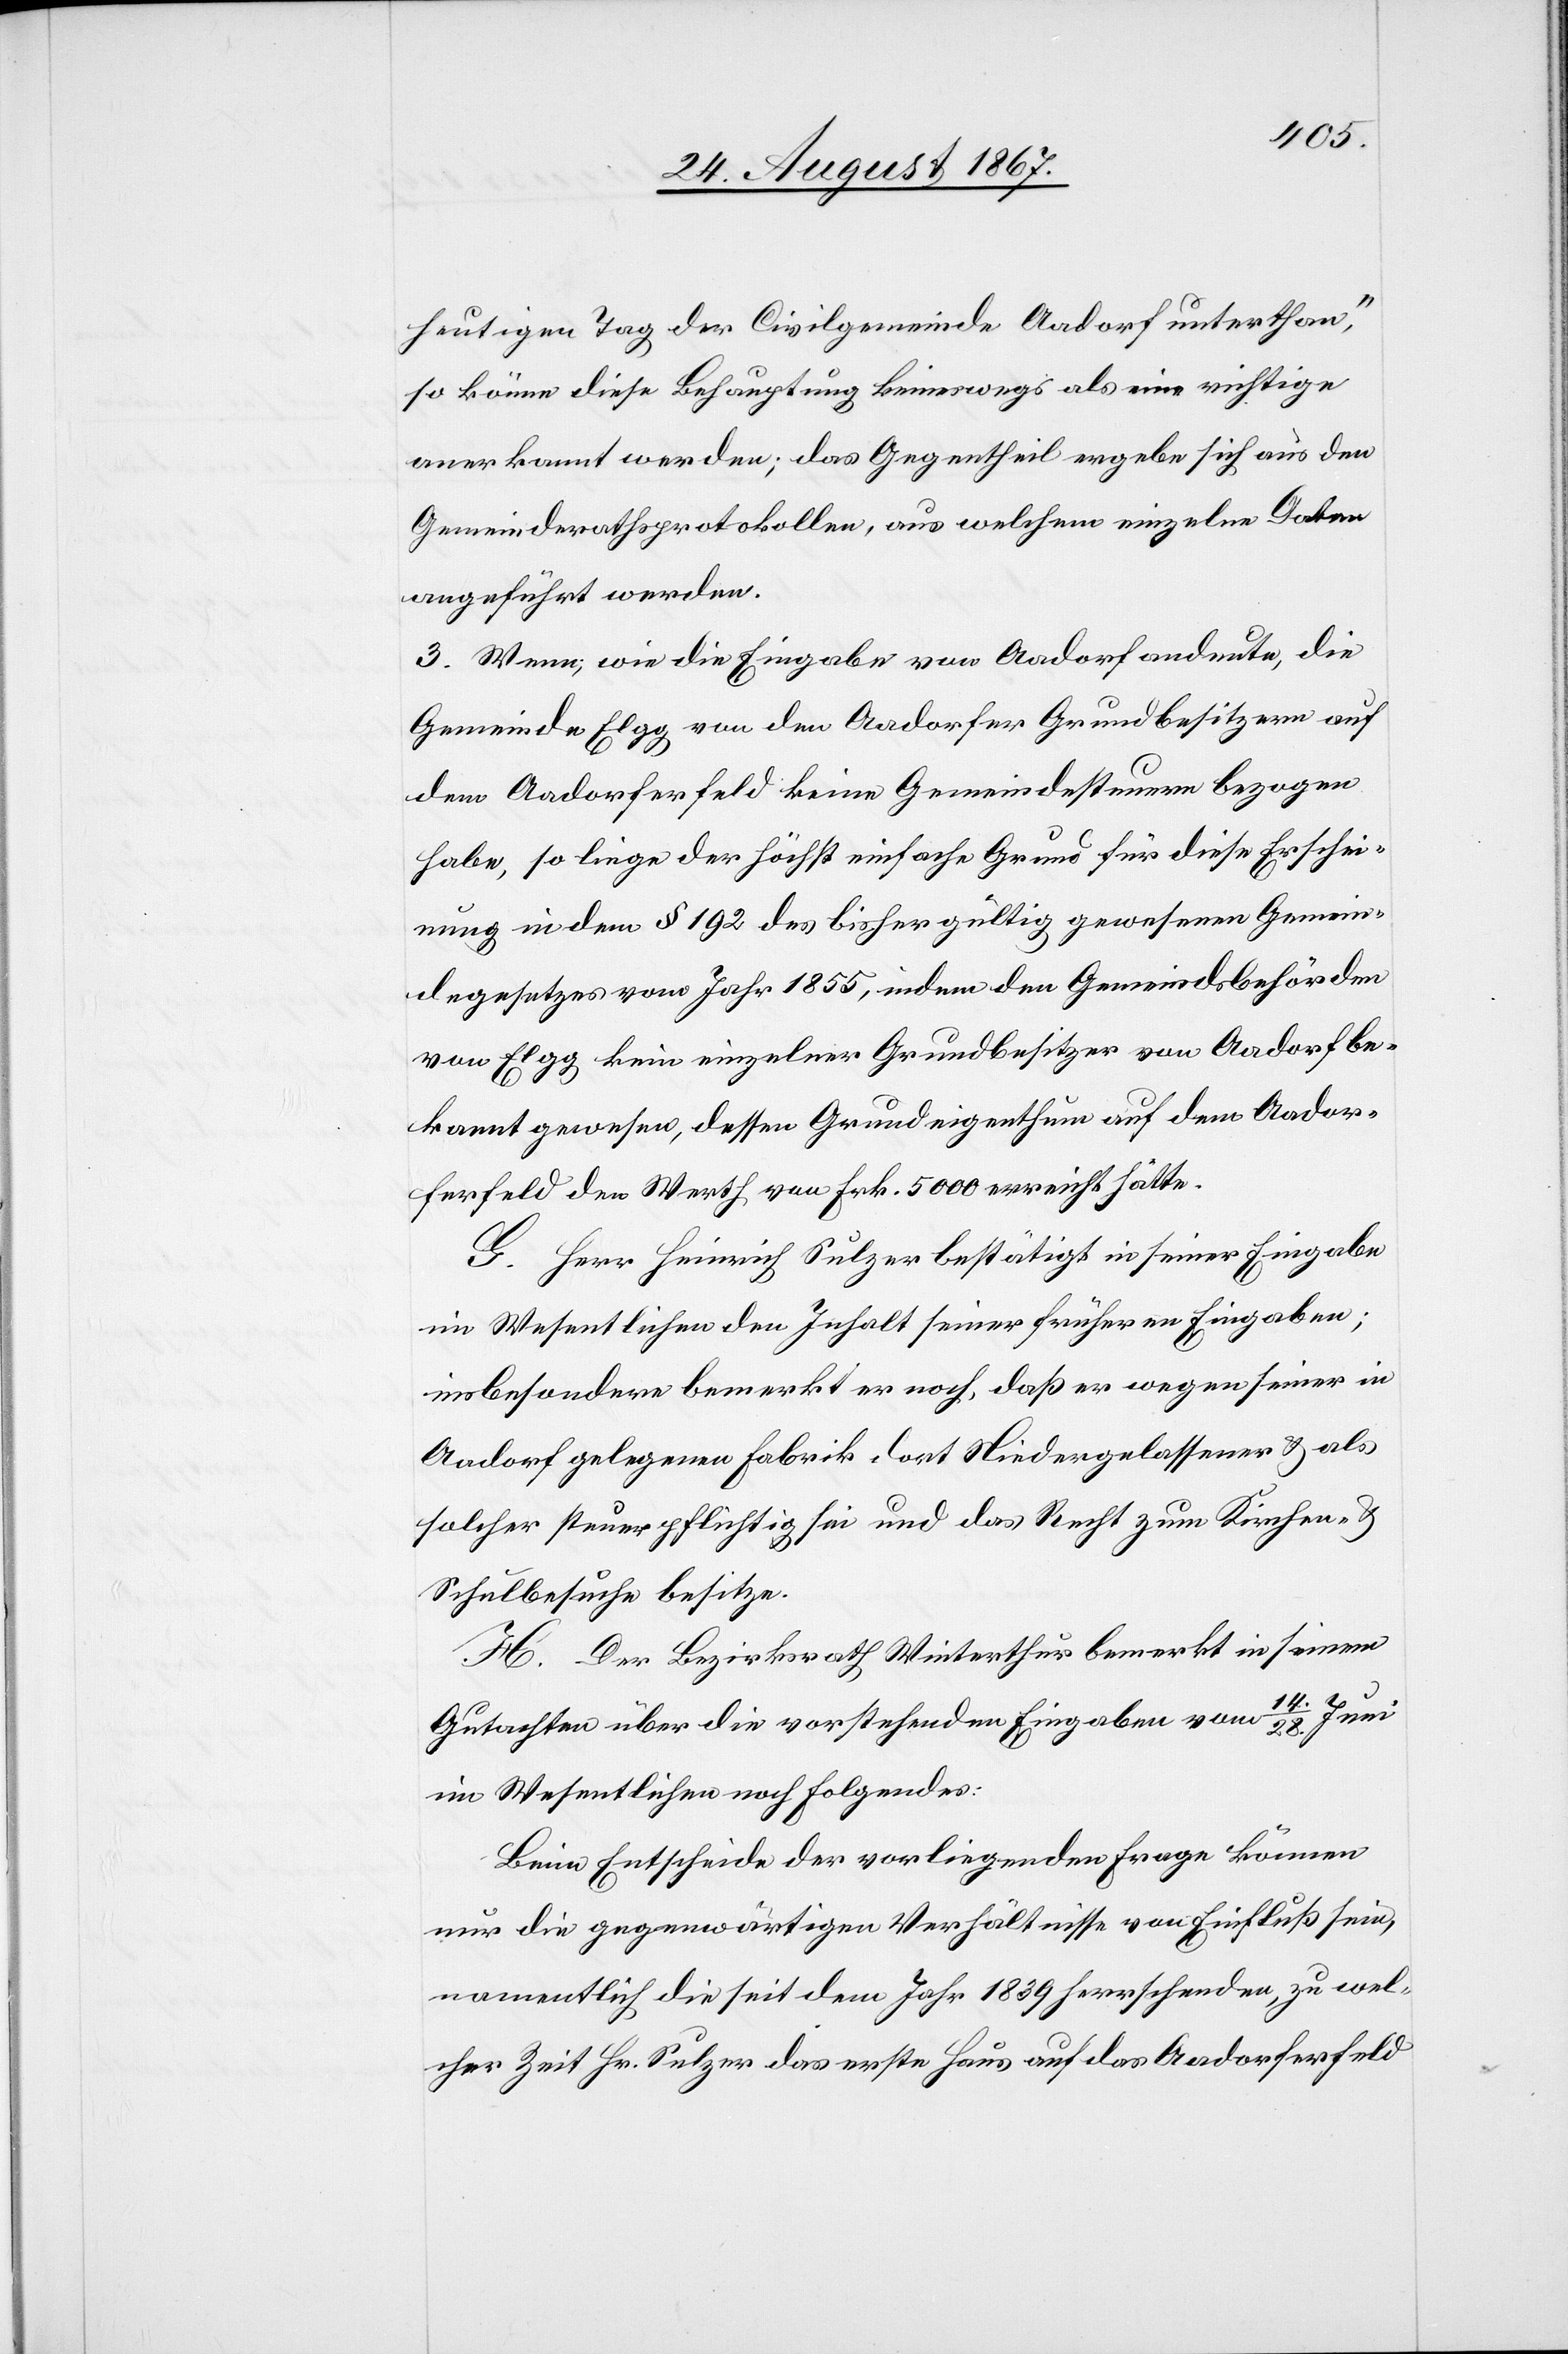
1855,
heutigen Tag der Civilgemeinde Aadorf unterthan,“
so könne diese Behauptung keineswegs als eine richtige
anerkannt werden; das Gegentheil ergebe sich aus den
Gemeindrathsprotokollen, aus welchen einzelne Daten
angeführt werden.
3. Wenn, wie die Eingabe von Aadorf andeute, die
Gemeinde Elgg von den Aadorfer Grundbesitzern auf
dem Aadorferfeld keine Gemeindesteuern bezogen
habe, so liege der höchst einfache Grund für diese Erschei¬
nung in dem § 192 des bisher gültigen Gemeindegesetzes
von Elgg kein einzelner Grundbesitzer von Aadorf be¬
kannt gewesen, dessen Grundeigenthum auf dem Aador¬
ferfeld den Werth von Frk. 5000 erreicht habe.
G. Herr Heinrich Sulzer bestätigt in seiner Eingabe
im Wesentlichen den Inhalt seiner früheren Eingaben;
insbesondere bemerkt er noch, daß er wegen seiner in
Aadorf gelegenen Fabrik dort Niedergelassener u. als
solcher steuerpflichtig sei und das Recht zum Kirchen- u.
Schulbesuche besitze.
H. Der Bezirksrath Winterthur bemerkt in seinem
Gutachten über die vorstehenden Eingaben vom 14./28. Juni
im Wesentlichen noch folgendes:
Beim Entscheide der vorliegenden Frage können
nur die gegenwärtigen Verhältnisse von Einfluß sein,
namentlich die seit dem Jahr 1839 herrschenden, zu wel¬
cher Zeit Hr. Sulzer das erste Haus auf das Aadorferfeld